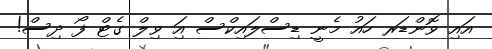
އައި ވޮންޑަރ ހައު މެނީ ޑިސްލައިކްސް އަި ވިލް ގެޓް ފޯ ދިސް!